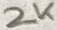
Text: 2K